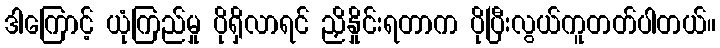
ဒါကြောင့် ယုံကြည်မှု ပိုရှိလာရင် ညှိနှိုင်းရတာက ပိုပြီးလွယ်ကူတတ်ပါတယ်။